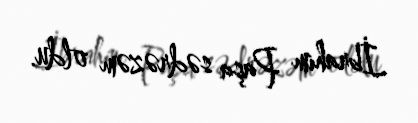
İbrahim Paşa sədrəzəm oldu.